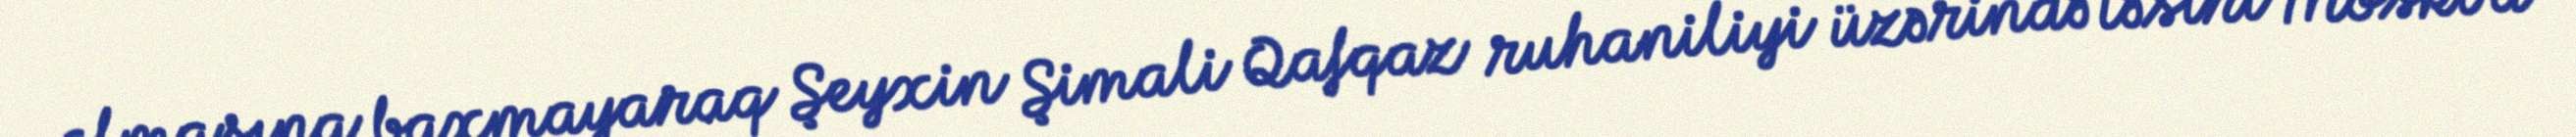
olmasına baxmayaraq Şeyxin Şimali Qafqaz ruhaniliyi üzərində təsiri Moskva